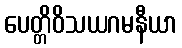
ပေတ္တိဝိသယဂမနီယာ